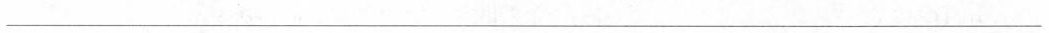
___